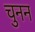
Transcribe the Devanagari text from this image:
चुनन